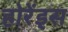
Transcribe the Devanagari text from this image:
होरेंड्स